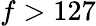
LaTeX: f>127